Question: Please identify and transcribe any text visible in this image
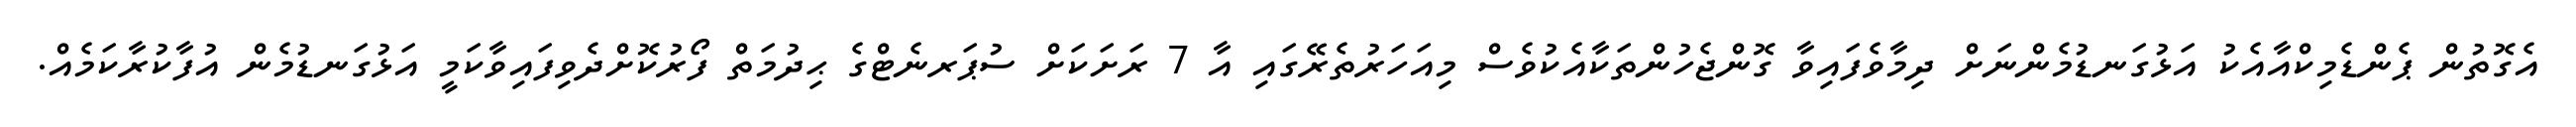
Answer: އެގޮތުން ޕެންޑެމިކްއާއެކު އަޅުގަނޑުމެންނަށް ދިމާވެފައިވާ ގޮންޖެހުންތަކާއެކުވެސް މިއަހަރުތެރޭގައި އާ 7 ރަށަކަށް ސުޕަރނެޓްގެ ޙިދުމަތް ފޯރުކޮށްދެވިފައިވާކަމީ އަޅުގަނޑުމެން އުފާކުރާކަމެއް.